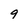
Character: 9